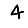
Digit: 4